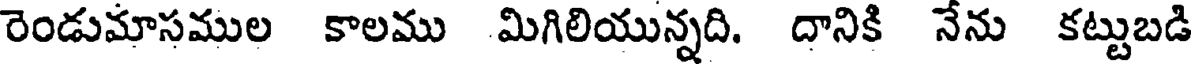
రెండుమాసముల కాలము మిగిలియున్నది. దానికి నేను కట్టుబడి